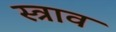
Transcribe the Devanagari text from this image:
स्‍त्राव